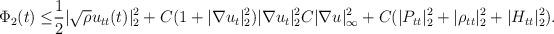
LaTeX: \begin{align*}\Phi_2(t) \leq&\frac{1}{2}|\sqrt{\rho} u_{tt}(t)|^2_{2}+C(1+|\nabla u_t|^2_{2})|\nabla u_t|^2_{2} C|\nabla u|^2_{\infty}+C(|P_{tt}|^2_2+|\rho_{tt}|^2_2+|H_{tt}|^2_2).\end{align*}